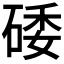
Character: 𥓔